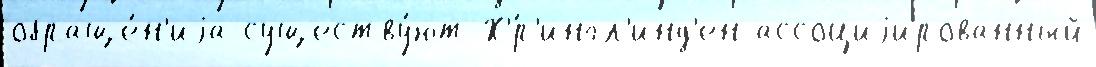
обраще́н'иjа существу́ют Х'́р'ингл'инд'ен ассоциjированный